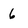
Character: 6